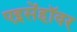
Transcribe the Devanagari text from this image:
एइसेंहॉवर